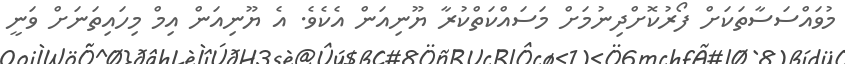
މުވައްސަސާތަކަށް ފޯރުކޮށްދިނުމަށް މަސައްކަތްކުރާ ޔޫނިއަން އެކެވެ. އެ ޔޫނިއަން އިމް މިހައިތަނަށް ވަނީ